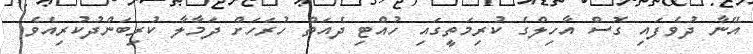
އޭނާ ދުވެފައި ގޮސް އާހިލްގެ ކުރިމަތީގައި ހުއްޓި ދެއަތް ހުރަހަށް ދަމާލާ ކުރިބަންދުކުރިއެވެ.